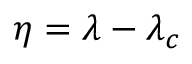
\eta = \lambda - \lambda _ { c }